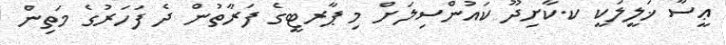
ޢީސާ ޚަލީލަކީ ކ.ކާށިދޫ ކައުންސިލަށް މި ޕާރޓީގެ ފަރާތުން ދެ ފަހަރުގެ މަތިން